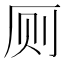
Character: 厕